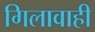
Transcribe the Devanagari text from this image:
गिलावाही